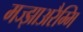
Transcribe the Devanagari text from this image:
मज्झाअरैम्मि